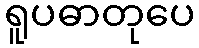
ရူပဓာတုပေ